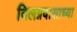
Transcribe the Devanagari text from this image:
विलग्नवासाच्या